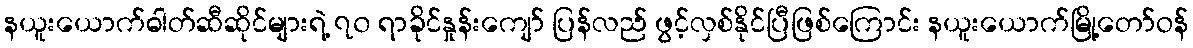
နယူးယောက်ဓါတ်ဆီဆိုင်များရဲ့ ၇၀ ရာခိုင်နှုန်းကျော် ပြန်လည် ဖွင့်လှစ်နိုင်ပြီဖြစ်ကြောင်း နယူးယောက်မြို့တော်ဝန်